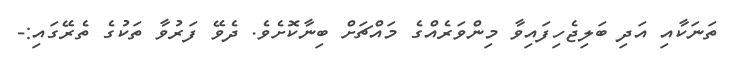
ތަނަކާއި އަދި ބަލިޖެހިފައިވާ މިންވަރެއްގެ މައްޗަށް ބިނާކޮށެވެ. ދެވޭ ފަރުވާ ތަކުގެ ތެރޭގައި:-